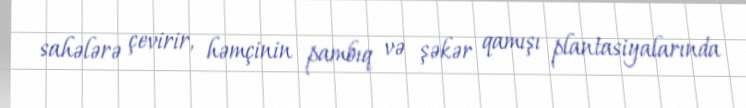
sahələrə çevirir, həmçinin pambıq və şəkər qamışı plantasiyalarında